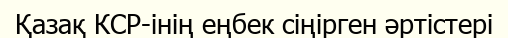
Қазақ КСР-інің еңбек сіңірген әртістері